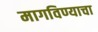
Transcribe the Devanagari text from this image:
मागविण्याचा